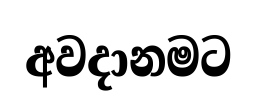
අවදානමට